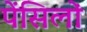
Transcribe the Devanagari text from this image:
पेंसिलों